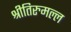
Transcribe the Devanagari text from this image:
श्रीतिरुमल्ल